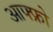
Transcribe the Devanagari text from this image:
आफ्फ्रो